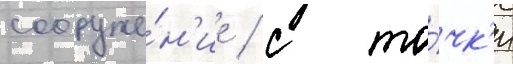
сооруже́н'ие / с то́чк'и